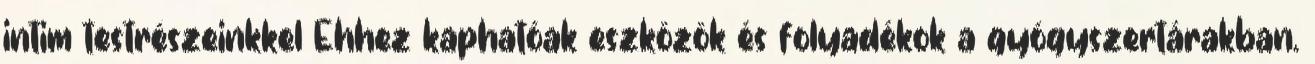
intim testrészeinkkel Ehhez kaphatóak eszközök és folyadékok a gyógyszertárakban.